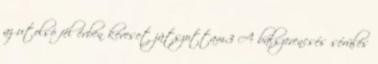
az utolsó fél évben keveset játszottam.3 A balszerencsés sérülés